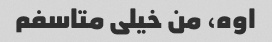
اوه، من خیلی متاسفم